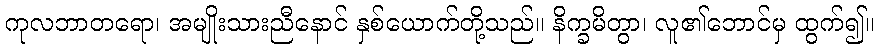
ကုလဘာတရော၊ အမျိုးသားညီနောင် နှစ်ယောက်တို့သည်။ နိက္ခမိတွာ၊ လူ၏ဘောင်မှ ထွက်၍။